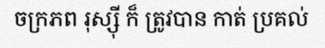
ចក្រភព រុស្ស៊ី ក៏ ត្រូវបាន កាត់ ប្រគល់